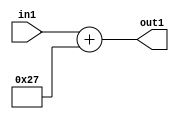
`timescale 1ps / 1ps
/*****************************************************************************
    Verilog RTL Description
    
    
    Created by: Stratus DpOpt 2019.1.01 
*******************************************************************************/

module DC_Filter_Add_12U_152_4 (
	in1,
	out1
	); /* architecture "behavioural" */ 
input [11:0] in1;
output [11:0] out1;
wire [11:0] asc001;

assign asc001 = 
	+(in1)
	+(12'B000000100111);

assign out1 = asc001;
endmodule

/* CADENCE  urnwTgg= : u9/ySgnWtBlWxVPRXgAZ4Og= ** DO NOT EDIT THIS LINE ******/